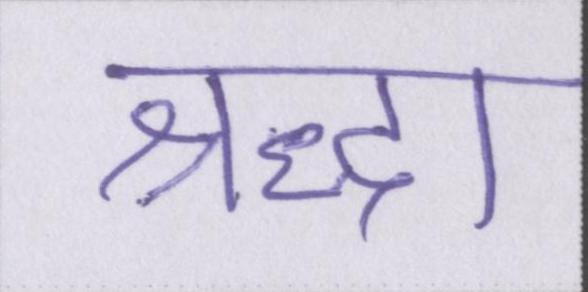
श्रद्धा